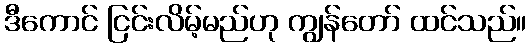
ဒီကောင် ငြင်းလိမ့်မည်ဟု ကျွန်တော် ထင်သည်။